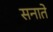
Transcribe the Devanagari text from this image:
सनाते